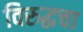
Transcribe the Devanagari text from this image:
विरुद्धचा